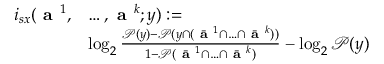
\begin{array} { r l } { i _ { s x } ( \textbf { a } ^ { 1 } , } & { \ldots , \textbf { a } ^ { k } ; y ) : = } \\ & { \log _ { 2 } \frac { \mathcal { P } ( y ) - \mathcal { P } ( y \cap ( \bar { \textbf { a } } ^ { 1 } \cap \ldots \cap \bar { \textbf { a } } ^ { k } ) ) } { 1 - \mathcal { P } ( \bar { \textbf { a } } ^ { 1 } \cap \ldots \cap \bar { \textbf { a } } ^ { k } ) } - \log _ { 2 } \mathcal { P } ( y ) } \end{array}